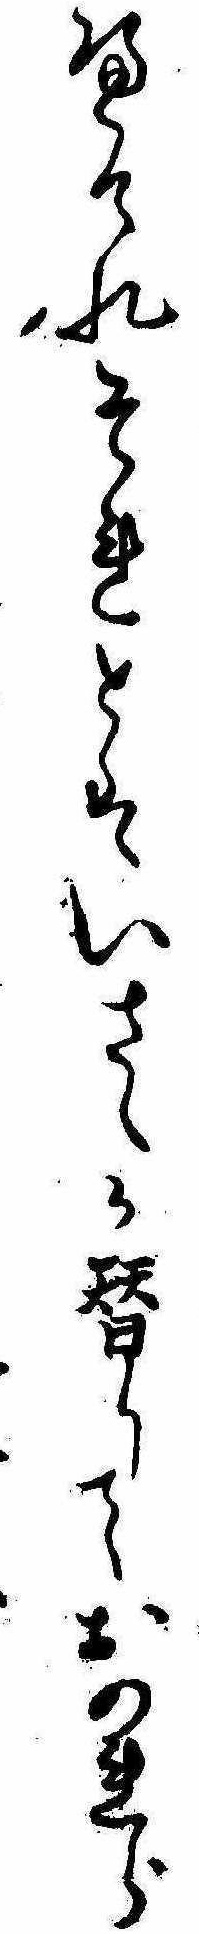
へけれそれとはいさゝか替りておのれら